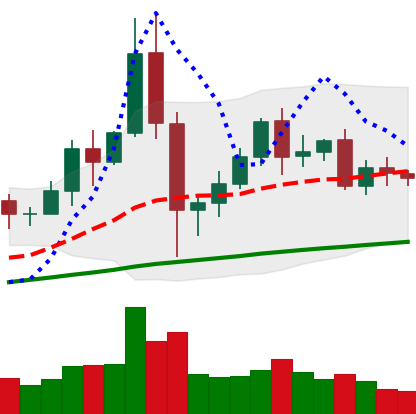
Ticker: BNB-USD
Chart end date: 2020-12-07
Forward return: -4.131%
Label: down_3_5